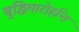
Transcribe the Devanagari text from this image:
बुद्धिमारोहन्ति